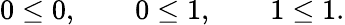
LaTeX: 0\leq 0,\qquad 0\leq 1,\qquad 1\leq 1.